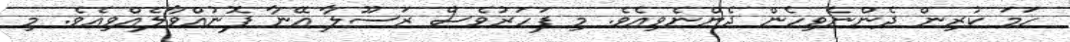
ހަމަ ކުރިން ދެންނެވިހެން ދެންނެވިއެވެ. މި ފަހަރުވެސް ރަސޫލާ އޭނާ ފޮނުއްވާލެއްވިއެވެ. މި